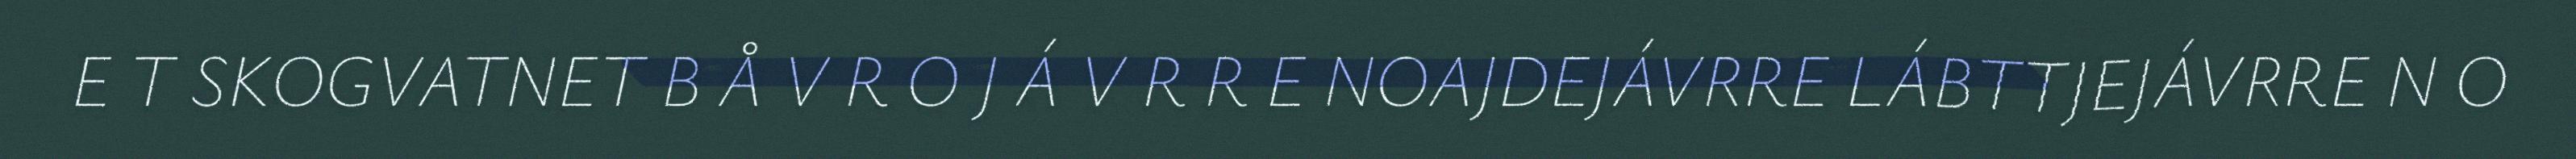
E T SKOGVATNET B Å V R O J Á V R R E NOAJDEJÁVRRE LÁBTTJEJÁVRRE N O